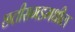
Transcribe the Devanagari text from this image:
छत्तीसगडमधील